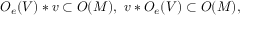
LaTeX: O _ { e } ( V ) * v \subset O ( M ) , \, \, v * O _ { e } ( V ) \subset O ( M ) ,